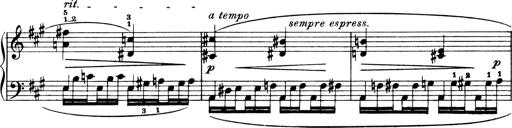
Title: 4 Sonatines
Composer: Max Reger